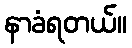
နာခံရတယ်။